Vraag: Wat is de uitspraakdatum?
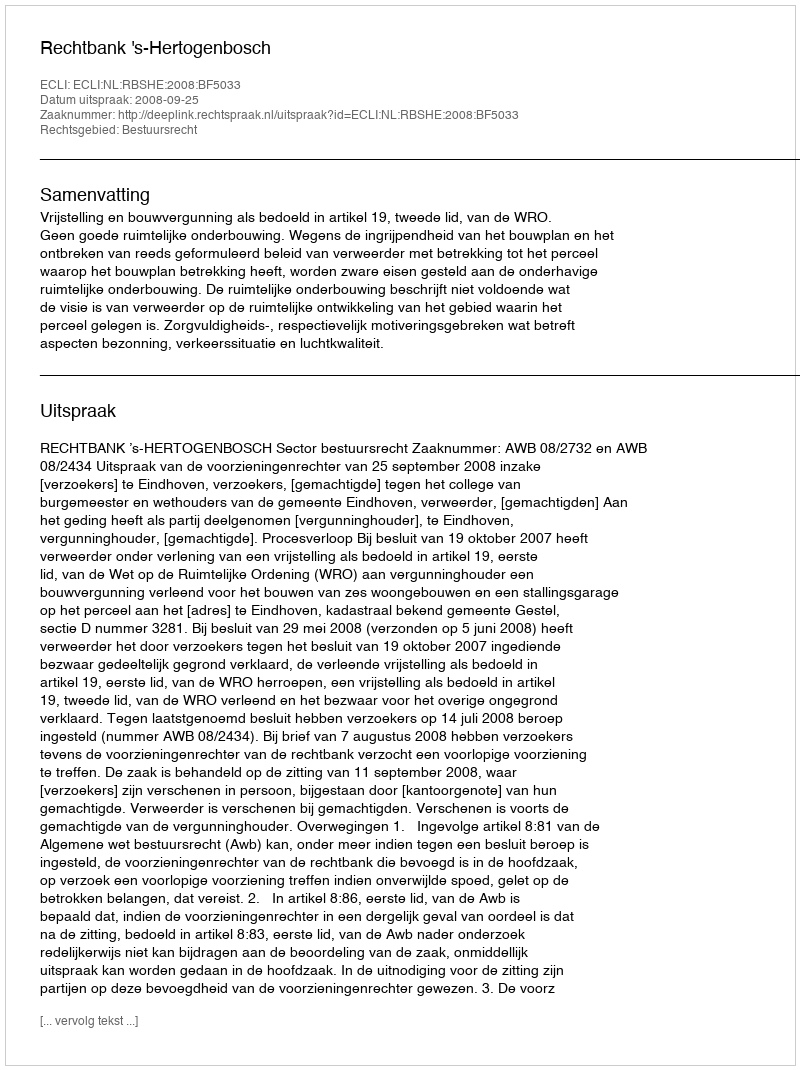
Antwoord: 2008-09-25